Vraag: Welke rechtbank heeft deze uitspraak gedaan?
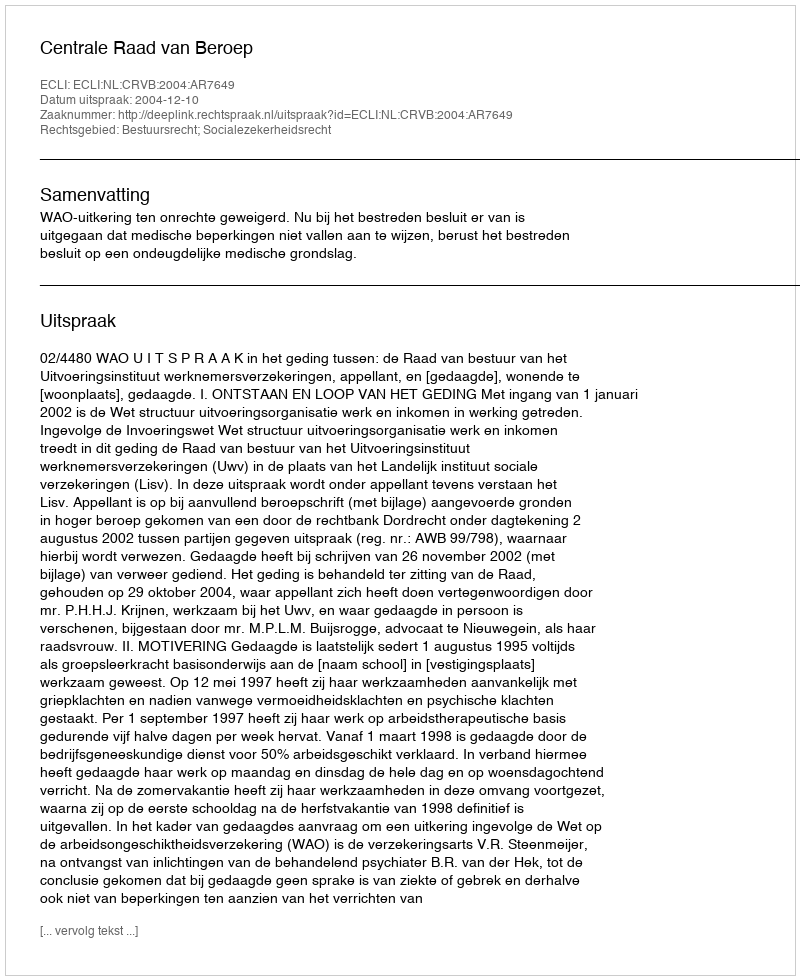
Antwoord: Centrale Raad van Beroep